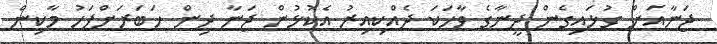
ޖަނާއަށް ގުޅައިގެން ދީނާގެ ވާހަކަ ދެއްކިއިރު އެކޮޅުން ޖަނާ ދިން ޚަބަރަށްފަހު މާކިން